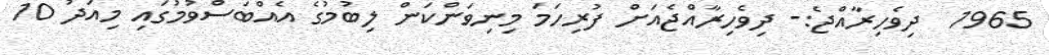
1965  ދިވެހިރާއްޖެ:- ދިވެހިރާއްޖެއަށް ފުރިހަމަ މިނިވަންކަން ލިބުމުގެ އެއްބަސްވުމުގައި މިއަދު 10